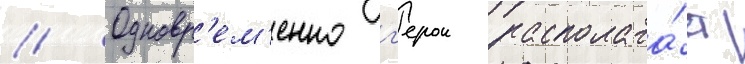
// Одновр'ем'енно г'ерои располага́ет